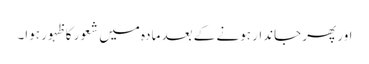
اور پھر جاندار ہونے کے بعد مادہ میں شعور کا ظہور ہوا۔